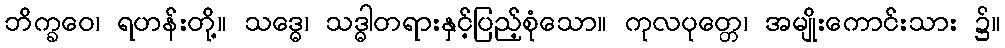
ဘိက္ခဝေ၊ ရဟန်းတို့။ သဒ္ဓေ၊ သဒ္ဓါတရားနှင့်ပြည့်စုံသော။ ကုလပုတ္တေ၊ အမျိုးကောင်းသား ၌။